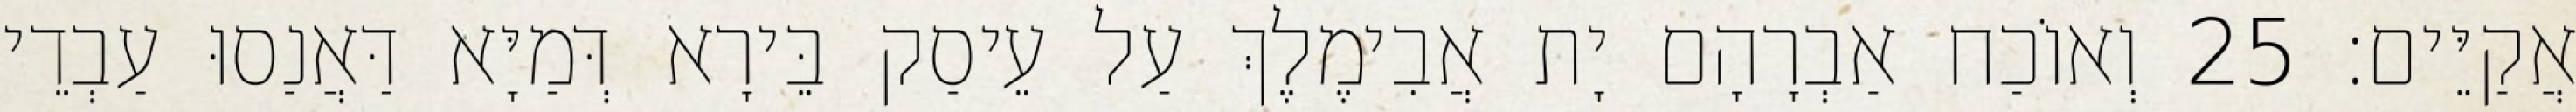
אֲקַיֵּים׃ 25 וְאוֹכַח אַבְרָהָם יָת אֲבִימֶלֶךְ עַל עֵיסַק בֵּירָא דְּמַיָּא דַּאֲנַסוּ עַבְדֵי